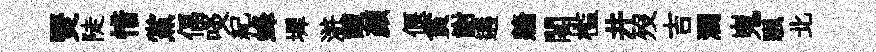
燹陡惜黨偪啖紀蜂墀滸醴颜偃貧謝遘牆閣槛井歿吉濶嵬颿北